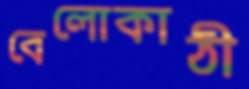
বেলোকাঠী